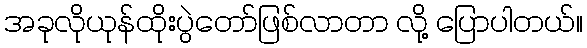
အခုလိုယုန်ထိုးပွဲတော်ဖြစ်လာတာ လို့ ပြောပါတယ်။